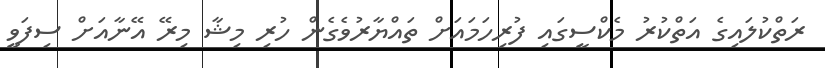
ރަތްކުލައިގެ އަތްކުރު މެކްސީގައި ފުރިހަމައަށް ތައްޔާރުވެގެން ހުރި މިޝާ މިރޭ އޭނާއަށް ސިފަވީ